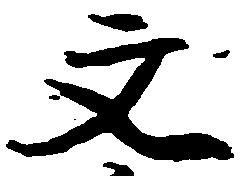
文